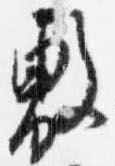
敷